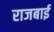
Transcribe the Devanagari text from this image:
राजबाई